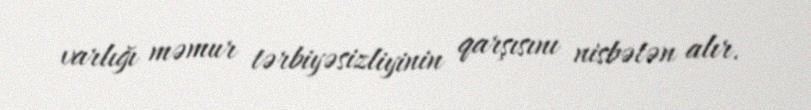
varlığı məmur tərbiyəsizliyinin qarşısını nisbətən alır.